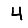
Digit: 4